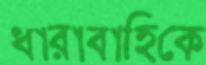
ধারাবাহিকে